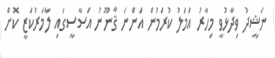
ނަޝީދު ވިދާޅުވީ މިހާރު އަމަލު ކުރަމުން އަންނަ ޤާނޫނު އަސާސީގައި ލާމަރުކަޒީ ކޮށް